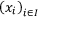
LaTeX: \left( x _ { i } \right) _ { i \in I }